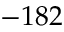
- 1 8 2